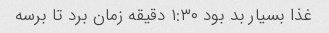
غذا بسیار بد بود ١:٣٠ دقیقه زمان برد تا برسه